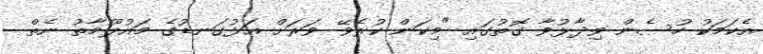
އެކަމަކު ހުސެން ވިދާޅުވާ ގޮތުގައި "މިކަން ކުރެވޭ ވަރަށް އަޅުގަނޑުގެ މައުލޫމާތު ނެތް